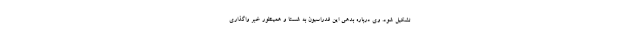
تشکیل شود. وی درباره بدهی این فدراسیون به شستا و همینطور خبر واگذاری